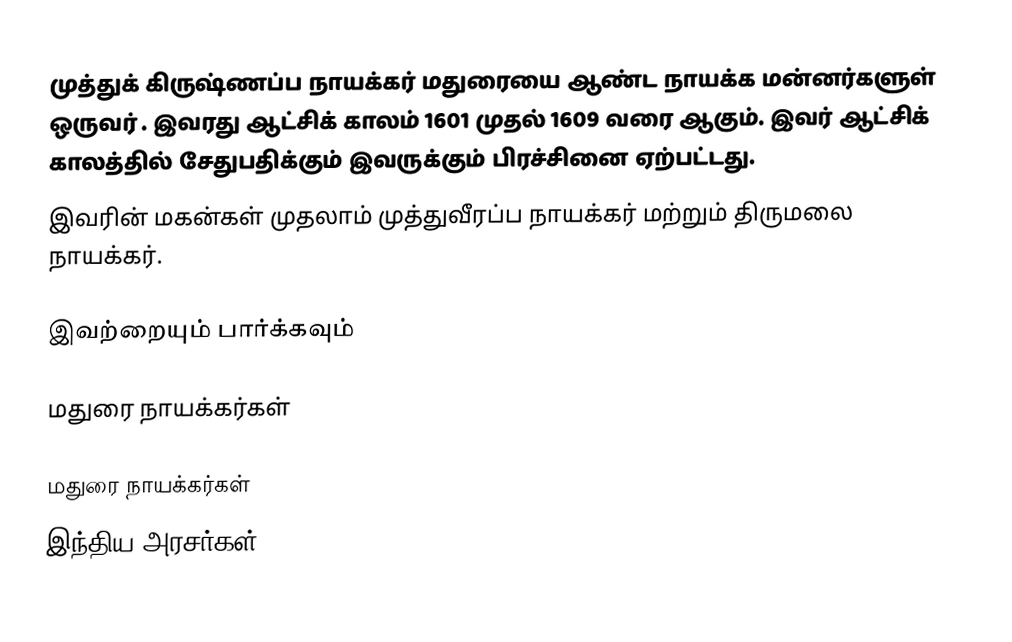
முத்துக் கிருஷ்ணப்ப நாயக்கர் மதுரையை ஆண்ட நாயக்க மன்னர்களுள் ஒருவர் . இவரது  ஆட்சிக் காலம் 1601 முதல் 1609 வரை ஆகும். இவர்  ஆட்சிக் காலத்தில் சேதுபதிக்கும் இவருக்கும்  பிரச்சினை ஏற்பட்டது.
இவரின் மகன்கள் முதலாம் முத்துவீரப்ப நாயக்கர் மற்றும் திருமலை நாயக்கர்.

இவற்றையும் பார்க்கவும்

 மதுரை நாயக்கர்கள்

மதுரை நாயக்கர்கள்
 இந்திய அரசர்கள்